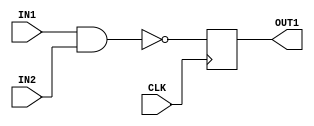
`timescale 1ns / 1ps
//////////////////////////////////////////////////////////////////////////////////
// Company: 
// Engineer: 
// 
// Design Name: 
// Module Name: AndLogic
// Project Name: 
// Target Devices: 
// Tool Versions: 
// Description: 
// 
// Dependencies: 
// 
// Revision:
// Revision 0.01 - File Created
// Additional Comments:
// 
//////////////////////////////////////////////////////////////////////////////////


module AndLogic(
    input CLK,
    input IN1,
    input IN2,
    output reg OUT1
    );
    always@(posedge CLK)
        OUT1 <= ~(IN1&IN2);
endmodule